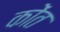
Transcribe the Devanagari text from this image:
कोंत